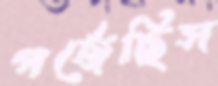
গর্জেছিস